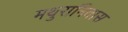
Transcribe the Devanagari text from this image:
मथुरानिवास